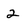
Character: 2